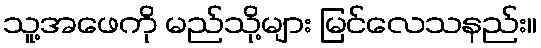
သူ့အဖေကို မည်သို့များ မြင်လေသနည်း။